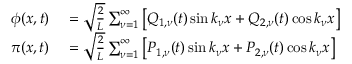
\begin{array} { r l } { \phi ( x , t ) } & { { } = \sqrt { \frac { 2 } { L } } \sum _ { \nu = 1 } ^ { \infty } \left[ Q _ { 1 , \nu } ( t ) \sin k _ { \nu } x + Q _ { 2 , \nu } ( t ) \cos k _ { \nu } x \right] } \\ { \pi ( x , t ) } & { { } = \sqrt { \frac { 2 } { L } } \sum _ { \nu = 1 } ^ { \infty } \left[ P _ { 1 , \nu } ( t ) \sin k _ { \nu } x + P _ { 2 , \nu } ( t ) \cos k _ { \nu } x \right] } \end{array}